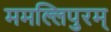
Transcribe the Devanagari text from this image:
ममल्लिपुरम्